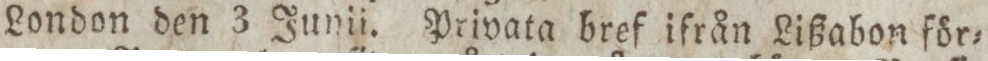
London den 3 Junii. Privata bref ifrån Lißabon för=